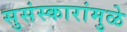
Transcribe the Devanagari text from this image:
सुसंस्कारांमुळे